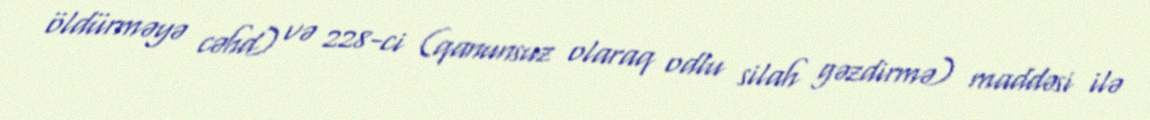
öldürməyə cəhd) və 228-ci (qanunsuz olaraq odlu silah gəzdirmə) maddəsi ilə